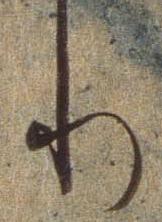
り